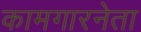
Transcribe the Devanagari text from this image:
कामगारनेता